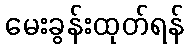
မေးခွန်းထုတ်ရန်